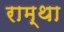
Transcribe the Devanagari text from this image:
राम्था